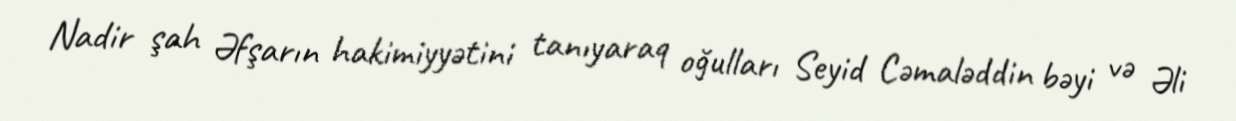
Nadir şah Əfşarın hakimiyyətini tanıyaraq oğulları Seyid Cəmaləddin bəyi və Əli